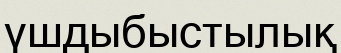
үшдыбыстылық